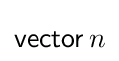
{\mathsf {vector}}\,n